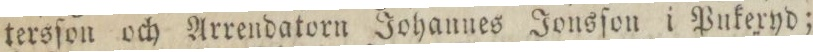
tersſon och Arrendatorn Johannes Jonsſon i Pukeryd;